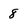
Character: 8